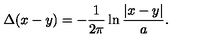
\Delta ( x - y ) = - \frac { 1 } { 2 \pi } \ln \frac { | x - y | } { a } .